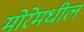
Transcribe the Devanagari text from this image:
मोरेमधील